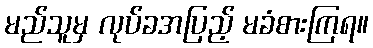
မည်သူမှ လုပ်ခအပြည့် မခံစားကြရ။